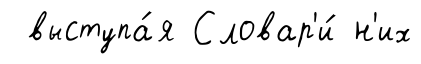
выступа́я Словар'и́ н'их